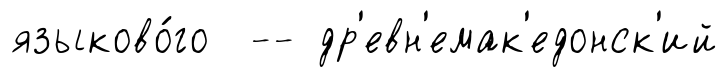
языково́го -- др'евн'емак'едонск'ий